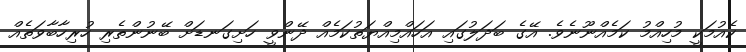
ކެއުމަކީ މުހިއްމު ކަމެއްްނޫނެވެ. އޭގެ ބަދަލުގައި އަހައްމިއްޔަތުކަމެއް ދޭންވީ ހަށިގަނޑަށް ބޭނުންތެރި ހުރިހާބާވަތެއް